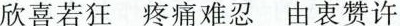
欣喜若狂 疼痛难忍 由衷赞许